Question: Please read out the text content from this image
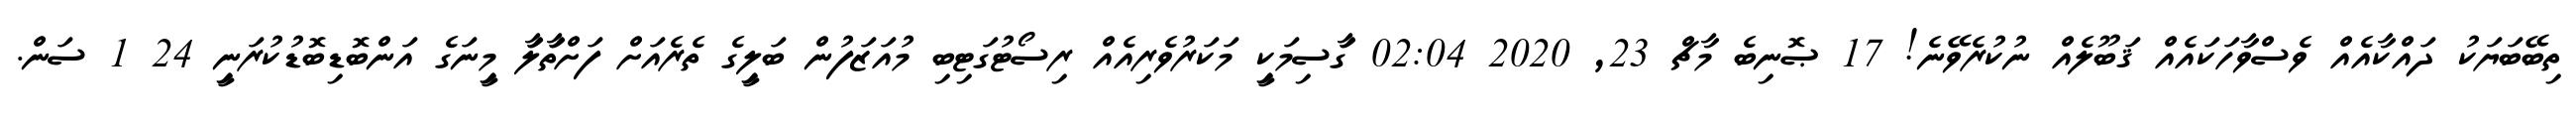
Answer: ތިބޭބަޔަކު ދައްކާއެއް ވެސްވާހަކައެއް ޤަބޫލެއް ނުކުރެވޭނެ! 17 ޞޮނިބެ މާޗް 23, 2020 02:04 ގަާސިމަކިީ މަކަރުވެރިއެއް ރިސޯޓުގަޓިބި މުއަޒަފުން ބަލިީގެ ތެރެއަށް ފަށްތަާލަާ މިީނަގެ އަންބޮޑިބޮޑުކުރަނިީ 24 1 ސަން.